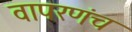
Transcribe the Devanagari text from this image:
वापरणंच